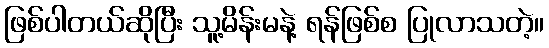
ဖြစ်ပါတယ်ဆိုပြီး သူ့မိန်းမနဲ့ ရန်ဖြစ်စ ပြုလာသတဲ့။